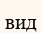
вид